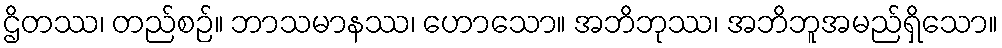
ဌိတဿ၊ တည်စဉ်။ ဘာသမာနဿ၊ ဟောသော။ အဘိဘုဿ၊ အဘိဘူအမည်ရှိသော။